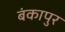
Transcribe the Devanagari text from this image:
बंकापुर